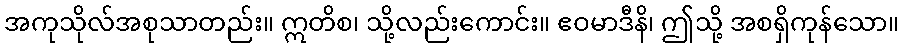
အကုသိုလ်အစုသာတည်း။ ဣတိစ၊ သို့လည်းကောင်း။ ဧဝမာဒီနိ၊ ဤသို့ အစရှိကုန်သော။